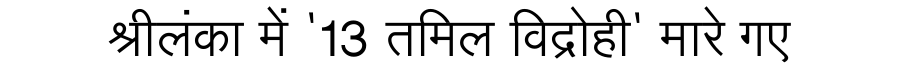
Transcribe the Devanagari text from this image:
श्रीलंका में '13 तमिल विद्रोही' मारे गए